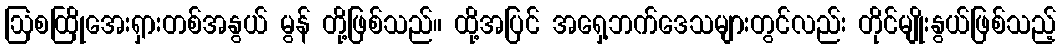
ဩစထြိုအေးရှားတစ်အနွယ် မွန် တို့ဖြစ်သည်။ ထို့အပြင် အရှေ့ဘက်ဒေသများတွင်လည်း တိုင်မျိုးနွယ်ဖြစ်သည့်